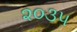
૨૦૩૫